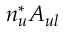
n _ { u } ^ { * } A _ { u l }